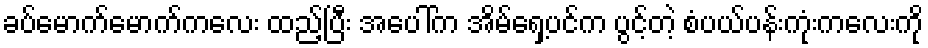
ခပ်မောက်မောက်ကလေး ထည့်ပြီး အပေါ်က အိမ်ရှေ့ပင်က ပွင့်တဲ့ စံပယ်ပန်းကုံးကလေးကို